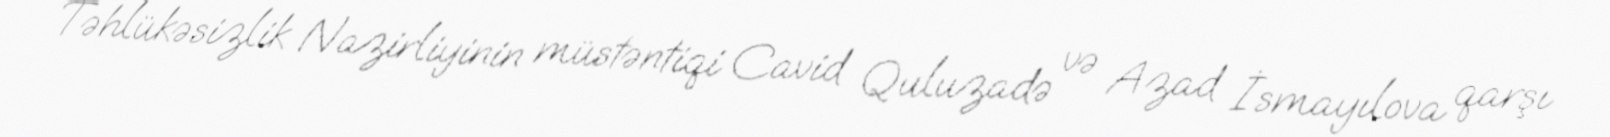
Təhlükəsizlik Nazirliyinin müstəntiqi Cavid Quluzadə və Azad İsmayılova qarşı